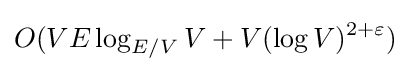
O(VE\log _{E/V}V+V(\log V)^{2+\varepsilon })